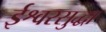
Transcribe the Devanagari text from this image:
ईश्वरसुद्धा